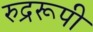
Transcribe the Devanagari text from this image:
रुद्ररूपी